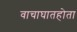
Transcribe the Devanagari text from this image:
वाचाघातहोता